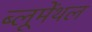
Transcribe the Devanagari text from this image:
ब्लूमेंथल